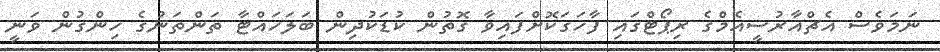
ނަމަވެސް އެޗްއާރުސީއެމްގެ ރިޕޯޓްގައި ފާހަގަކޮށްފައިވާ ގޮތުން ކުޑަކުދިން ބަލަހައްޓާ ތަންތަނުގެ ހިންގުން ވަނީ